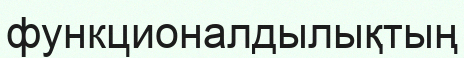
функционалдылықтың